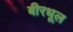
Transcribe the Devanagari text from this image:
बीरधूल